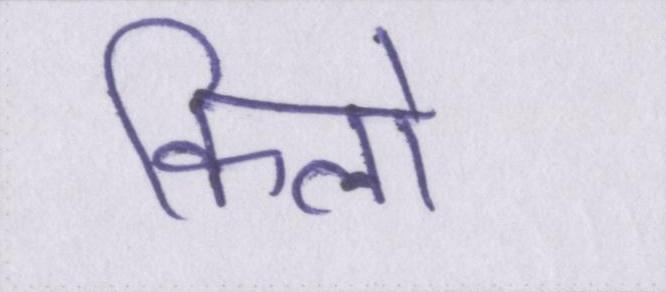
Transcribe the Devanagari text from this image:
किलो